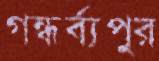
গন্ধর্ব্যপুর